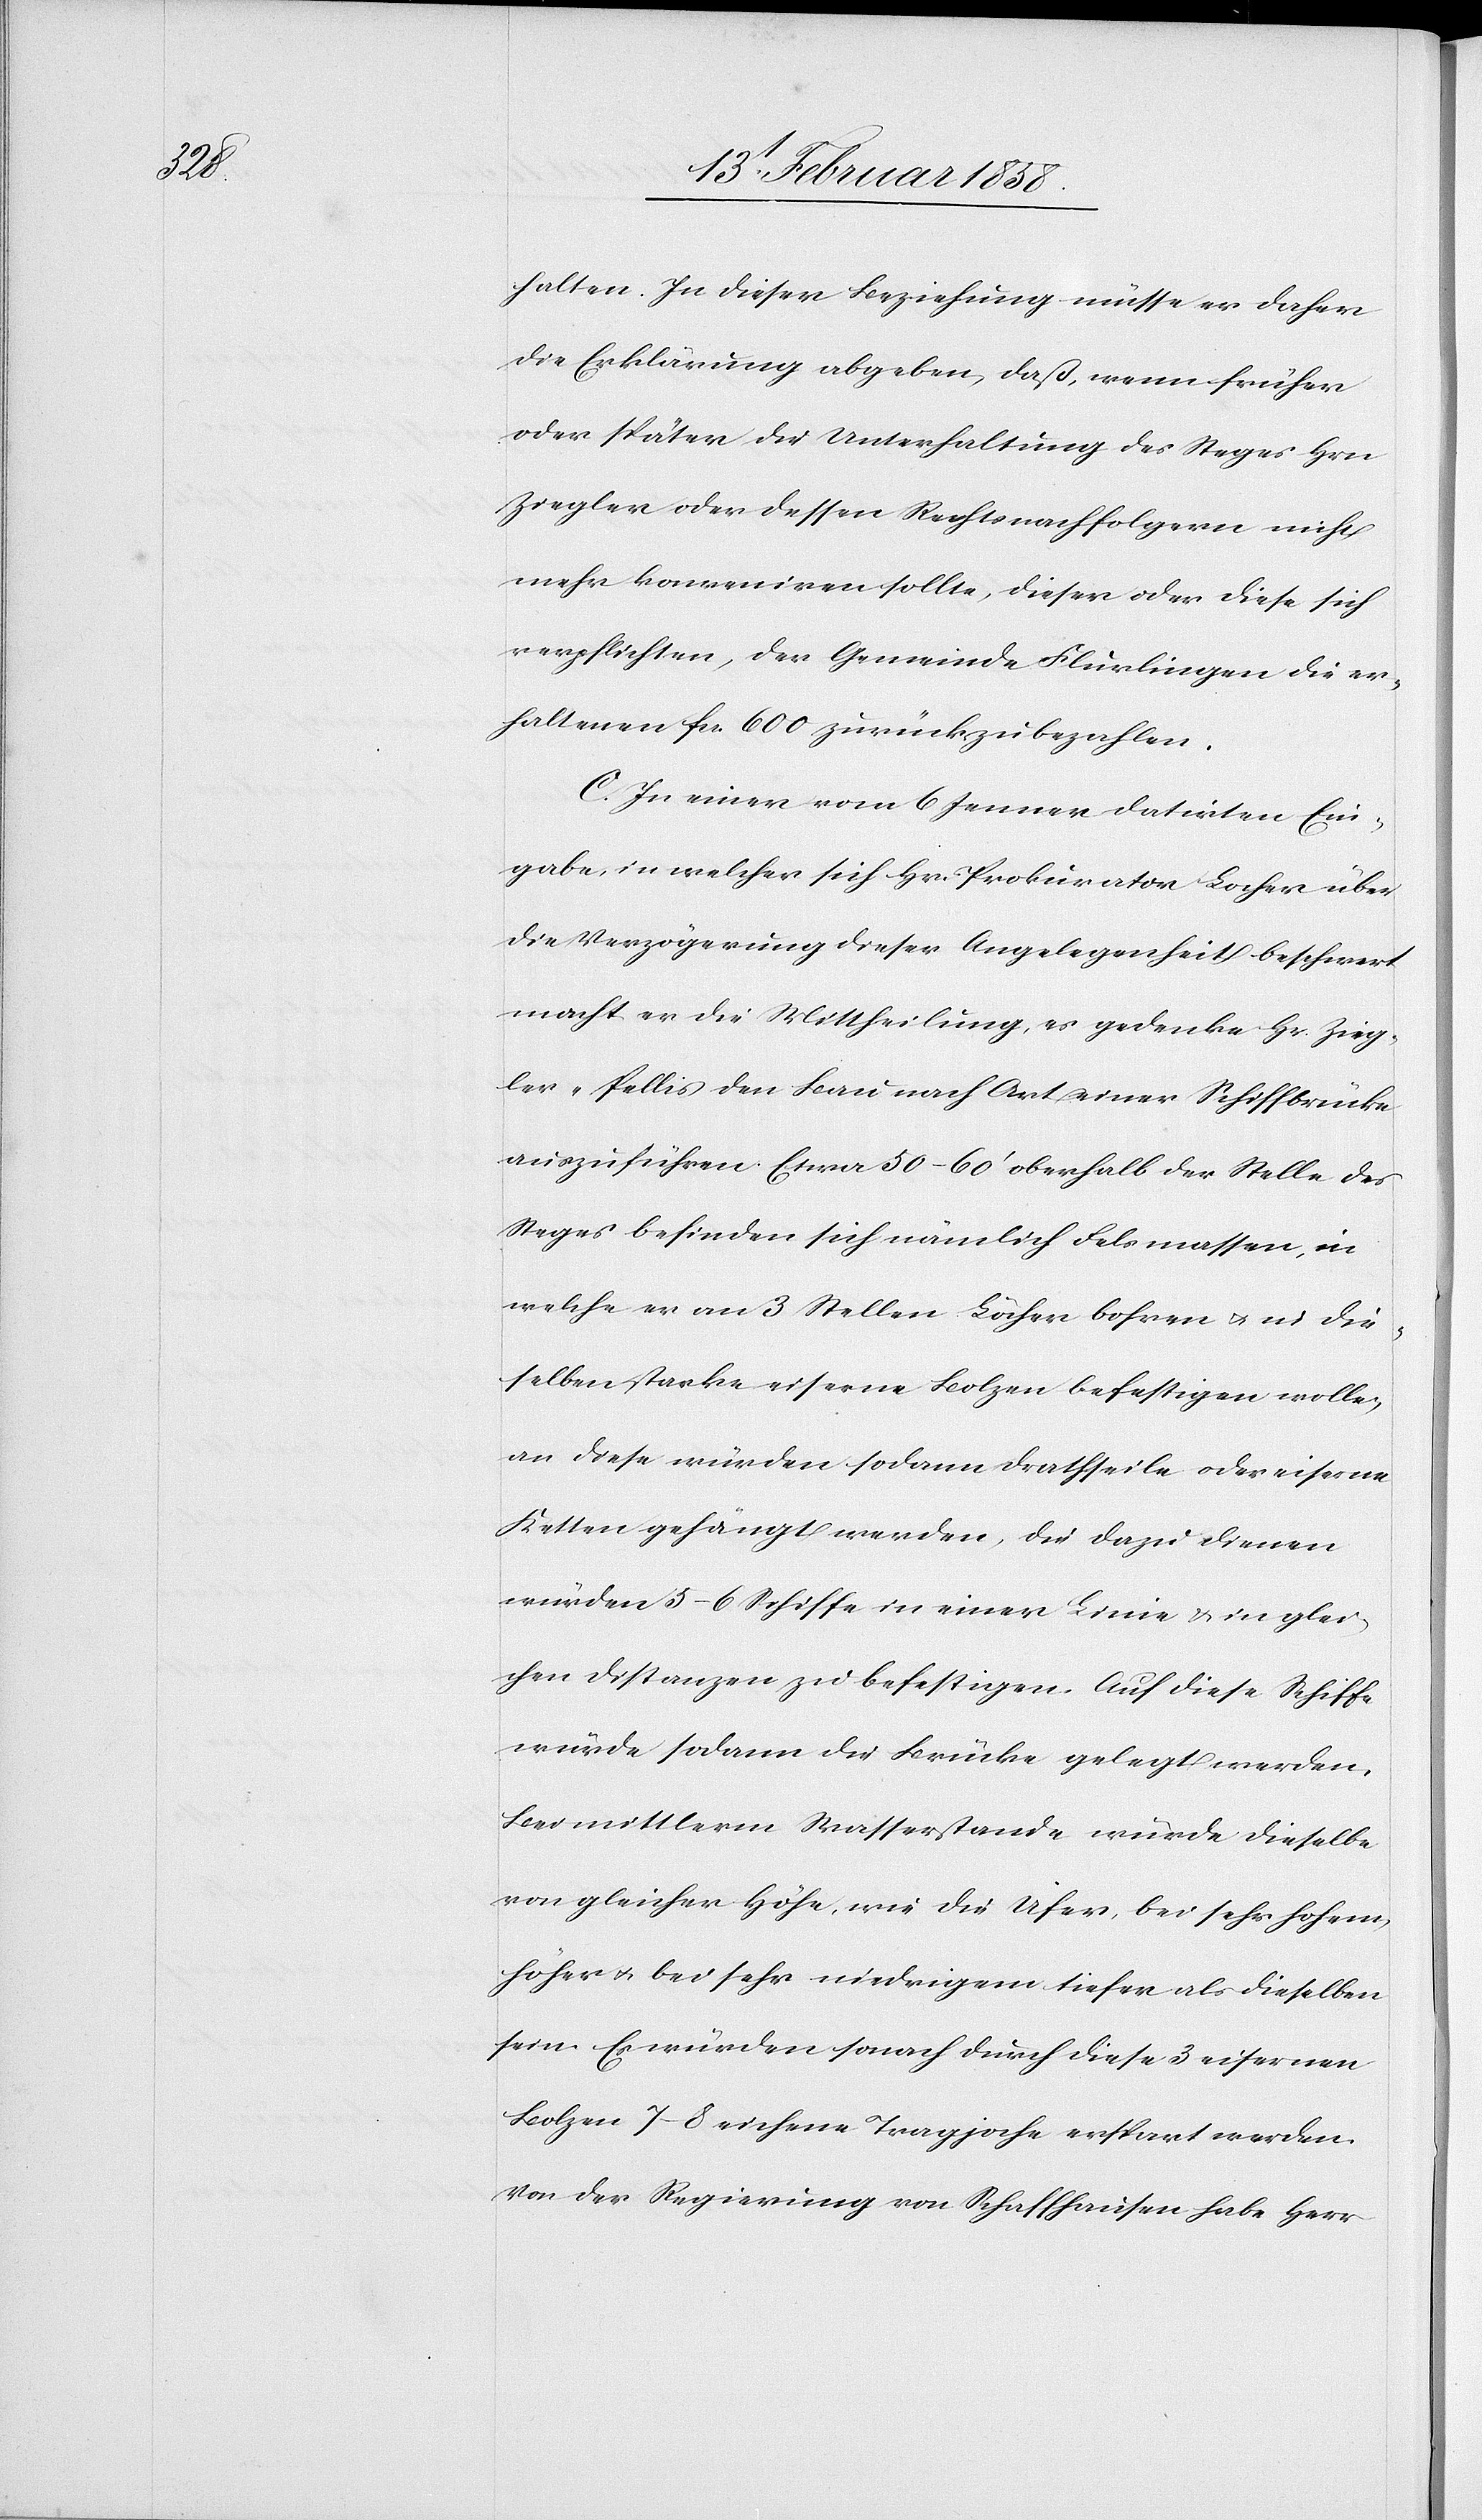
halten. In dieser Beziehung müsse er daher
die Erklärung abgeben, daß, wenn früher
oder später die Unterhaltung des Steges Hrn.
Ziegler oder dessen Rechtsnachfolgern nicht
mehr konveniren sollte, dieser oder diese sich
verpflichten, der Gemeinde Flurlingen die er¬
haltenen fcs. 600 zurückzubezahlen.
C. In einer vom 6 Jenner datirten Ein¬
gabe, in welcher sich Hr. Prokurator Locher über
die Verzögerung dieser Angelegenheit beschwert
macht er die Mittheilung, es gedenke Hr. Zieg¬
ler-Pellis den Bau nach Art einer Schiffbrücke
auszuführen. Etwa 50–60’ oberhalb der Stelle des
Steges befinden sich nämlich Felsmassen, in
welche er an 3 Stellen Löcher bohren u. in die¬
selben starke eiserne Bolze befestigen wolle,
an diese würden sodann Drathseile oder eiserne
Ketten gehängt werden, die dazu dienen
würden 5–6 Schiffe in einer Linie u. in glei¬
chen Distanzen zu befestigen. Auf diese Schiffe
würde sodann die Brücke gelegt werden.
Bei mittlerm Wasserstande würde dieselbe
von gleicher Höhe, wie die Ufer, bei sehr hohem,
höher u. bei sehr niedrigem tiefer als dieselben
sein. Es würden sonach durch diese 3 eisernen
Bolzen 7–8 eichene Tragjoche erspart werden.
Von der Regierung von Schaffhausen habe Herr